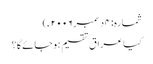
شمارہ: ۴ دسمبر ۲۰۰۶ء)
کیا عراق تقسیم ہوجائے گا؟